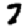
Digit: 7